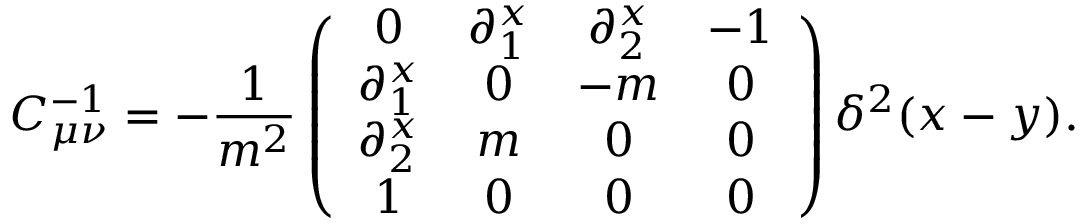
C _ { \mu \nu } ^ { - 1 } = - \frac { 1 } { m ^ { 2 } } \left( \begin{array} { c c c c } { { 0 } } & { { \partial _ { 1 } ^ { x } } } & { { \partial _ { 2 } ^ { x } } } & { { - 1 } } \\ { { \partial _ { 1 } ^ { x } } } & { { 0 } } & { { - m } } & { { 0 } } \\ { { \partial _ { 2 } ^ { x } } } & { { m } } & { { 0 } } & { { 0 } } \\ { { 1 } } & { { 0 } } & { { 0 } } & { { 0 } } \end{array} \right) \delta ^ { 2 } ( x - y ) .